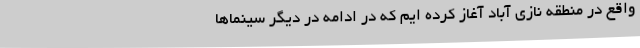
واقع در منطقه نازی آباد آغاز کرده ایم که در ادامه در دیگر سینماها